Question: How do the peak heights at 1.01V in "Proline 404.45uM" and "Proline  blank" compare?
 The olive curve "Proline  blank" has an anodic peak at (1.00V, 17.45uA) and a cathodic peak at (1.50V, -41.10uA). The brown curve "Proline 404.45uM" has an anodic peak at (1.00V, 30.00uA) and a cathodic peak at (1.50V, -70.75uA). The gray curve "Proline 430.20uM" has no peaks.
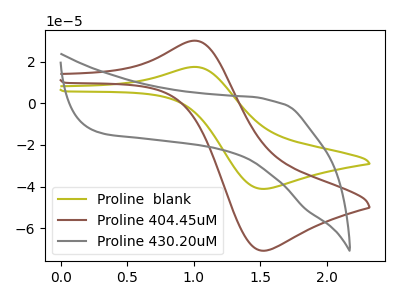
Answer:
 <answer>The peak at 1.01V is higher in "Proline 404.45uM" than in "Proline  blank".</answer>
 <eval>higher</eval>